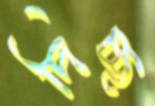
দিচ্ছ